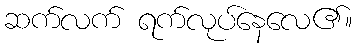
ဆက်လက် ရက်လုပ်နေလေ၏။